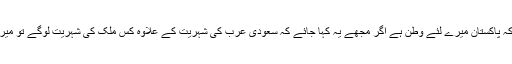
الغامدی نے مزید کہا کہ پاکستان میرے لئے وطن ہے اگر مجھے یہ کہا جائے کہ سعودی عرب کی شہریت کے علاوہ کس ملک کی شہریت لوگے تو میرا انتخاب پاکستان ہوگا۔